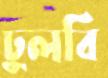
ঢুলবি